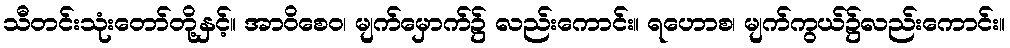
သီတင်းသုံးတော်တို့နှင့်။ အာဝိစေဝ၊ မျက်မှောက်၌ လည်းကောင်း။ ရဟောစ၊ မျက်ကွယ်၌လည်းကောင်း။